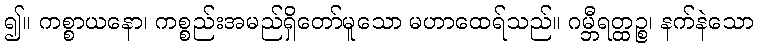
၍။ ကစ္စာယနော၊ ကစ္စည်းအမည်ရှိတော်မူသော မဟာထေရ်သည်။ ဂမ္ဘီရတ္ထဉ္စ၊ နက်နဲသော